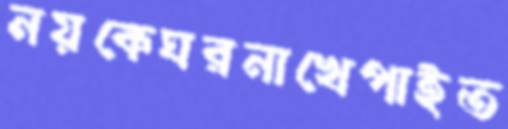
নয়কেঘরনাখেপাইত